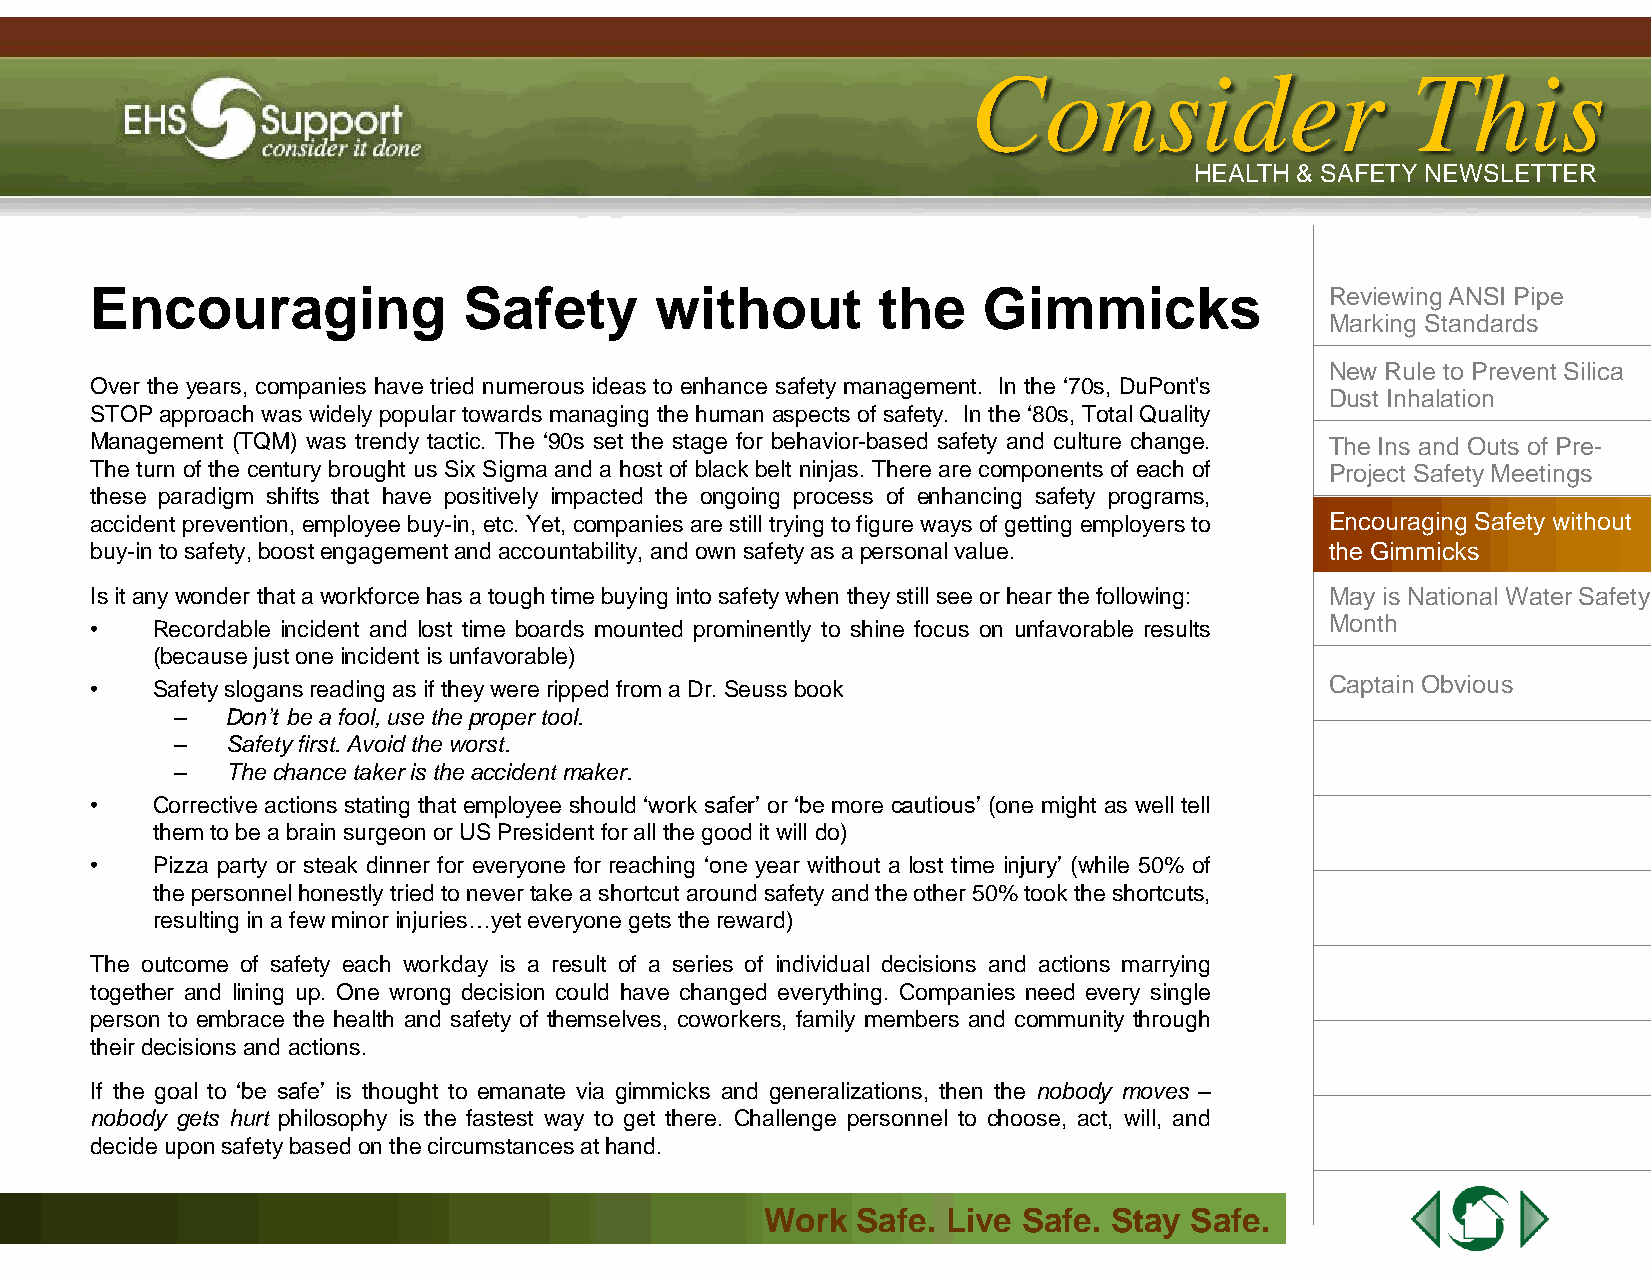
IIssssuuee 44 || AApprriill 22001133
 CCoonnssiiddeerr             TThhiiss
 HHEEAALLTTHH && SSAAFFEETTYY NNEEWWSSLLEETTTTEERR
 Encouraging              Safety      without        the    Gimmicks               Reviewing ANSI Pipe
 Marking Standards
 New Rule to Prevent Silica
 Over the years, companies have tried numerous ideas to enhance safety management. In the ‘70s, DuPont's
 Dust Inhalation
 STOP approachwas widely popular towards managing the human aspects of safety. Inthe ‘80s, Total Quality
 Management (TQM) was trendy tactic. The ‘90s set the stage for behavior-based safety and culture change. The Ins and Outs of Pre-
 The turn of the century brought us Six Sigma and a host of black belt ninjas. There are components of each of Project Safety Meetings
 these paradigm shifts that have positively impacted the ongoing process of enhancing safety programs,
 accident prevention, employee buy-in, etc. Yet, companies arestill trying tofigure ways of getting employers to Encouraging Safety without
 buy-in tosafety,boostengagementandaccountability, andown safetyasapersonalvalue.  the Gimmicks
 Isit any wonder thataworkforcehasatoughtimebuying intosafetywhen theystill seeorhear thefollowing: May is National Water Safety
 Month
 •   Recordable incident and lost time boards mounted prominently to shine focus on unfavorable results
 (becausejustoneincident is unfavorable)
 •   Safetyslogans readingasif theywere rippedfromaDr.Seuss book                   Captain Obvious
 –  Don’t beafool,usethepropertool.
 –  Safetyfirst.Avoid theworst.
 –  Thechancetakeris theaccident maker.
 •   Corrective actions stating that employee should ‘work safer’ or ‘be more cautious’ (one might as well tell
 themtobeabrainsurgeonorUS President forall thegoodit will do)
 •   Pizza party or steak dinner for everyone for reaching ‘one year without a lost time injury’ (while 50% of
 thepersonnel honestly triedtonever take ashortcut around safety andtheother 50%took theshortcuts,
 resultingin afewminor injuries…yet everyone getsthereward)
 The outcome of safety each workday is a result of a series of individual decisions and actions marrying
 together and lining up. One wrong decision could have changed everything. Companies need every single
 person to embrace the health and safety of themselves, coworkers, family members and community through
 theirdecisions and actions.
 If the goal to ‘be safe’ is thought to emanate via gimmicks and generalizations, then the nobody moves –
 nobody gets hurt philosophy is the fastest way to get there. Challenge personnel to choose, act, will, and
 decide uponsafetybasedonthecircumstancesathand.
 WWoorrkk SSaaffee.. LLiivvee SSaaffee.. SSttaayy SSaaffee..